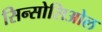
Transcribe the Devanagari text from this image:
सिन्सोसिओल